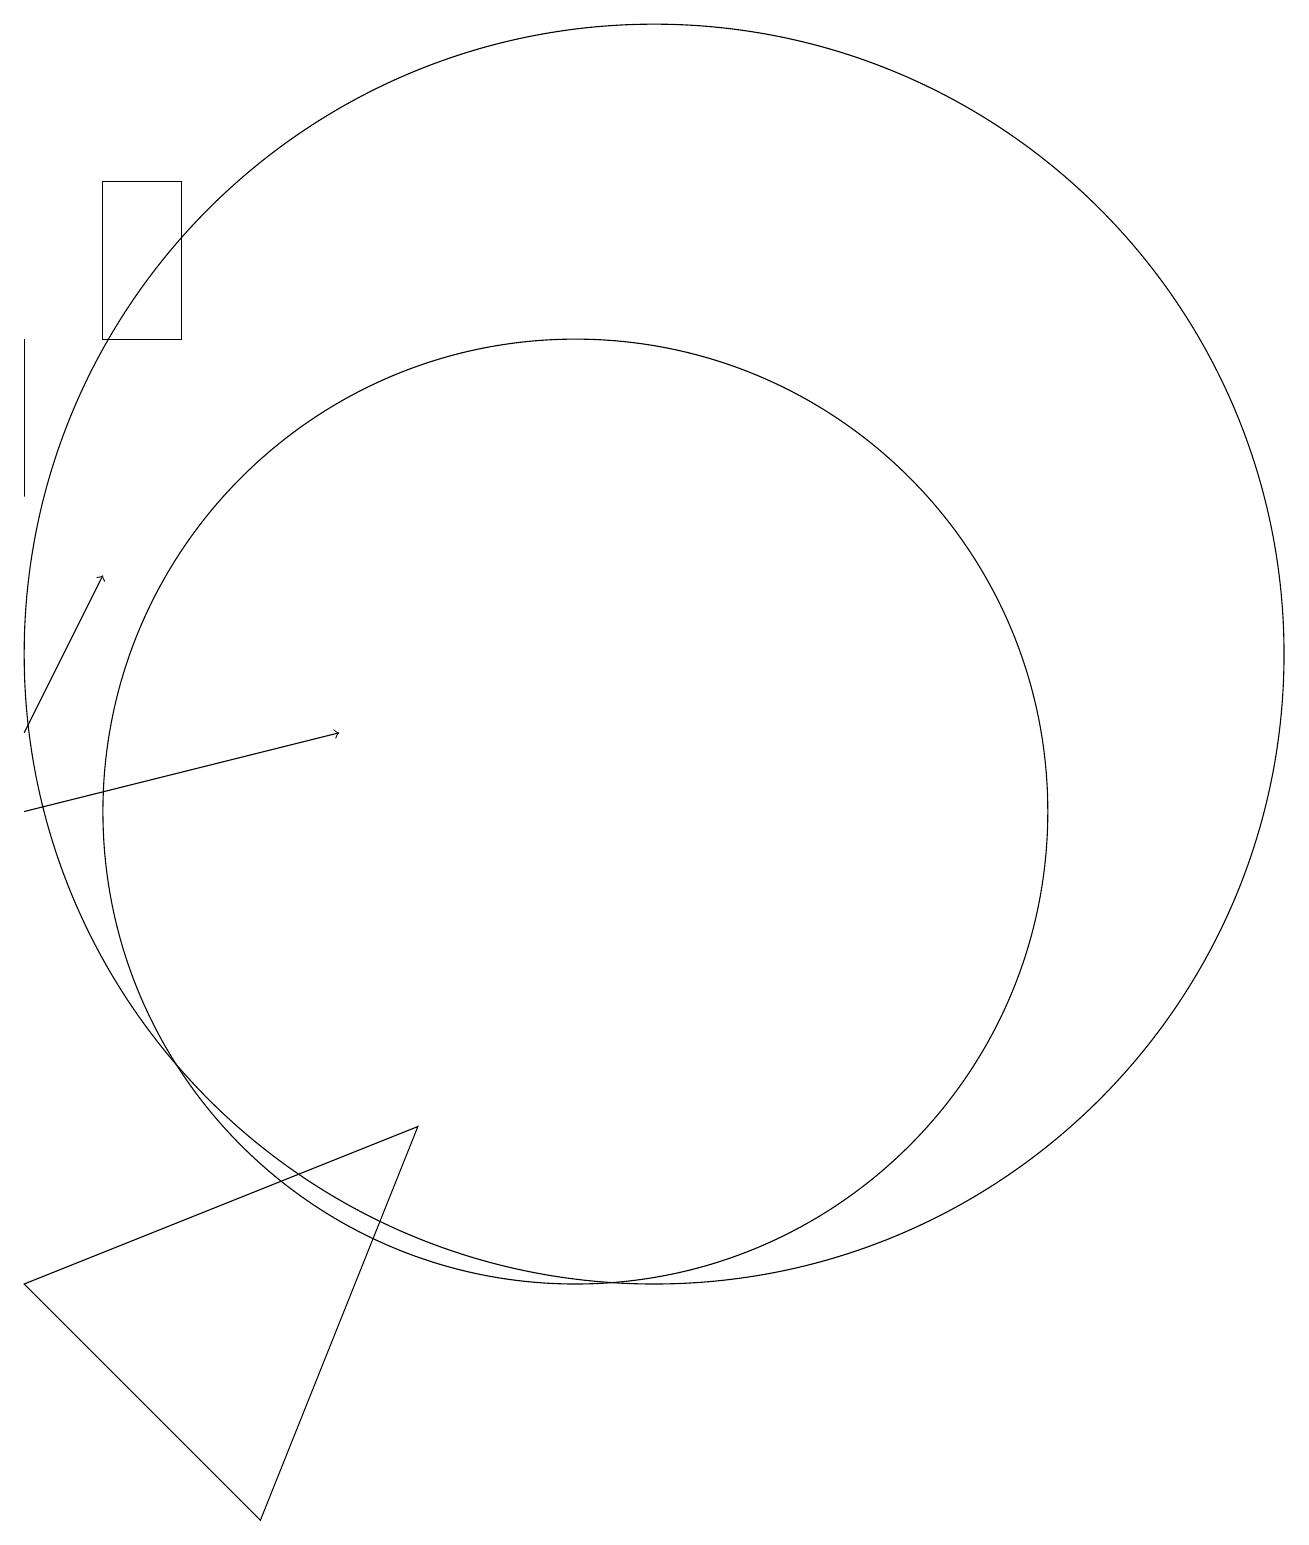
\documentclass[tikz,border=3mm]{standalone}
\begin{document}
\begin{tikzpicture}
\draw (12,12) circle (8);
\draw[->] (4,11) -- (5,13);
\draw[->] (4,10) -- (8,11);
\draw (6,18) rectangle (5,16);
\draw (4,16) rectangle (4,14);
\draw (4,4) -- (9,6) -- (7,1) -- cycle;
\draw (11,10) circle (6);
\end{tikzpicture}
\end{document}